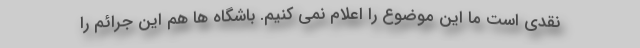
نقدی است ما این موضوع را اعلام نمی کنیم. باشگاه ها هم این جرائم را